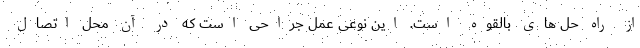
از راه حل های بالقوه است. این نوعی عمل جراحی است که در آن محل اتصال